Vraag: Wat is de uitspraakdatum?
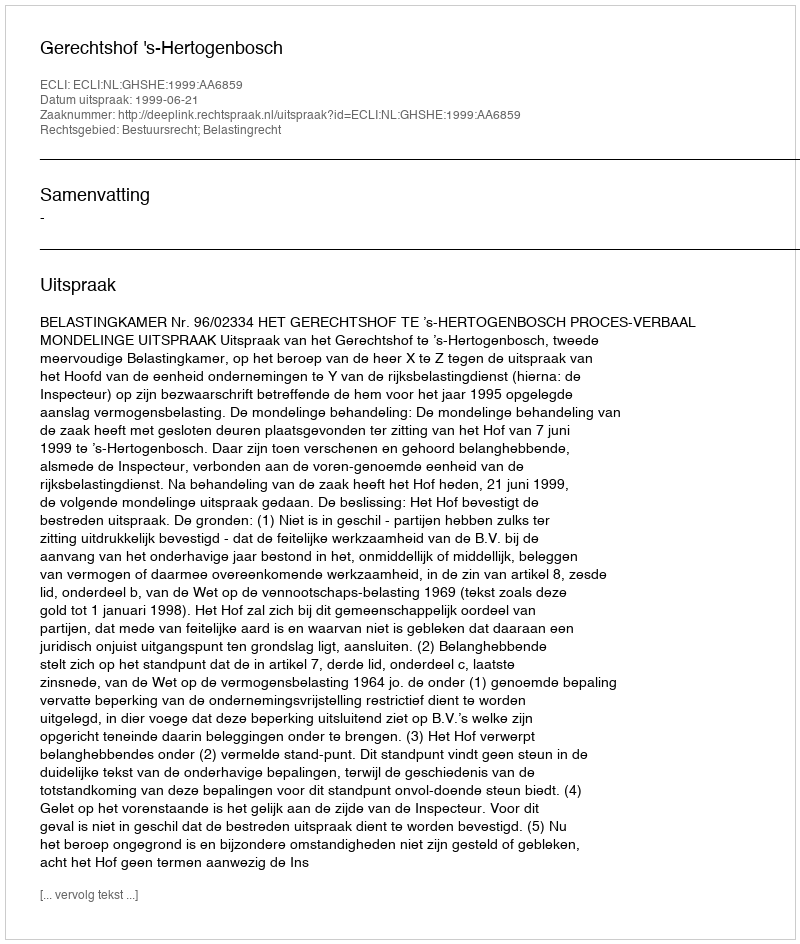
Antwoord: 1999-06-21